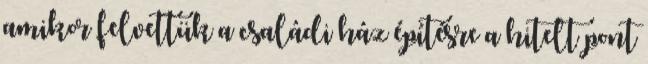
amikor felvettük a családi ház építésre a hitelt pont